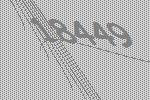
18449